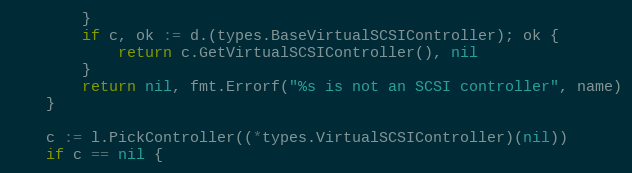
Language: Go
		}
		if c, ok := d.(types.BaseVirtualSCSIController); ok {
			return c.GetVirtualSCSIController(), nil
		}
		return nil, fmt.Errorf("%s is not an SCSI controller", name)
	}

	c := l.PickController((*types.VirtualSCSIController)(nil))
	if c == nil {